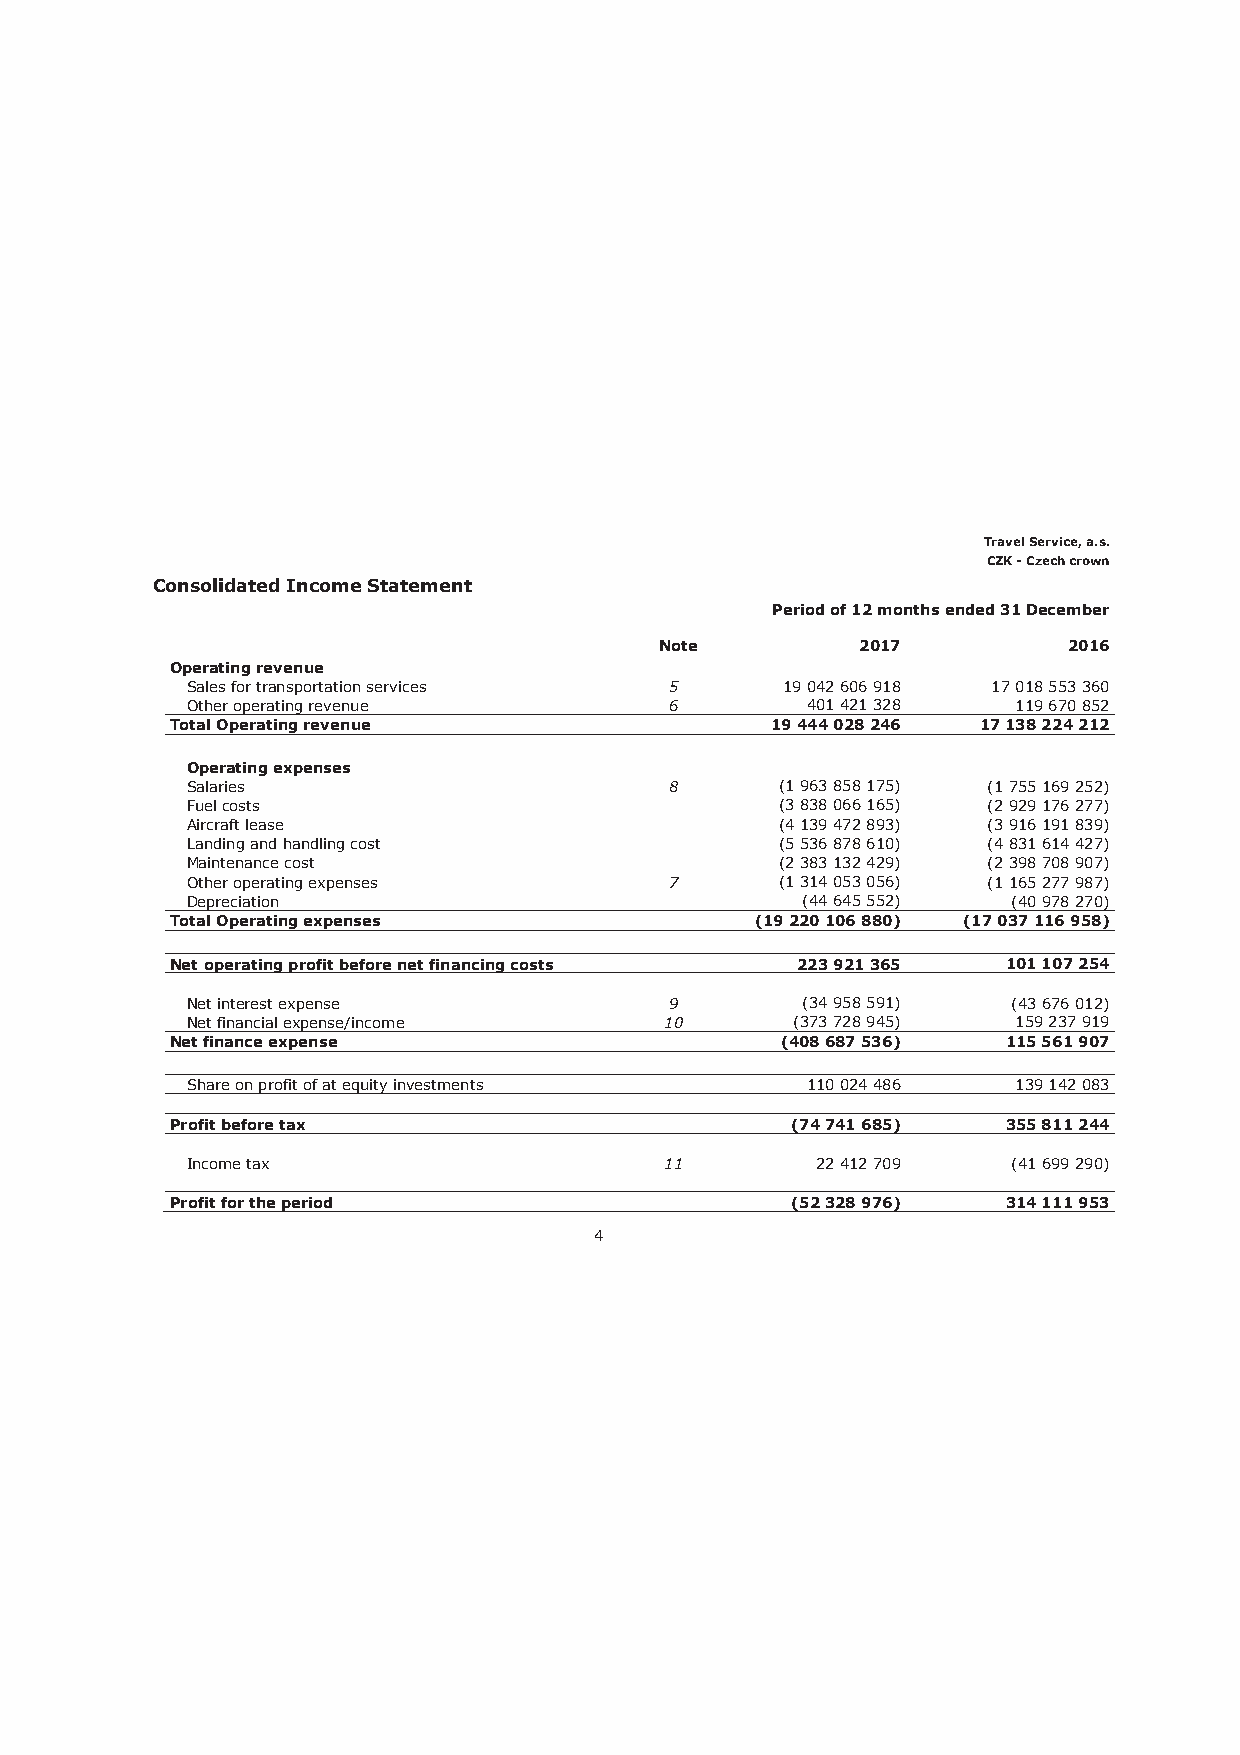
Travel Service, a.s.
 CZK - Czech crown
 Consolidated Income Statement
 Period of 12 months ended 31 December
 Note         2017          2016
 Operating revenue
 Sales for transportation services 5     19 042 606 918 17 018 553 360
 Other operating revenue         6        401 421 328   119 670 852
 Total Operating revenue                 19 444 028 246 17 138 224 212
 Operating expenses
 Salaries                        8       (1 963 858 175) (1 755 169 252)
 Fuel costs                              (3 838 066 165) (2 929 176 277)
 Aircraft lease                          (4 139 472 893) (3 916 191 839)
 Landing and handling cost               (5 536 878 610) (4 831 614 427)
 Maintenance cost                        (2 383 132 429) (2 398 708 907)
 Other operating expenses        7       (1 314 053 056) (1 165 277 987)
 Depreciation                             (44 645 552)  (40 978 270)
 Total Operating expenses               (19 220 106 880) (17 037 116 958)
 Net operating profit before net financing costs 223 921 365 101 107 254
 Net interest expense            9        (34 958 591)  (43 676 012)
 Net financial expense/income    10      (373 728 945)  159 237 919
 Net finance expense                      (408 687 536)  115 561 907
 Share on profit of at equity investments 110 024 486   139 142 083
 Profit before tax                        (74 741 685)   355 811 244
 Income tax                      11        22 412 709   (41 699 290)
 Profit for the period                    (52 328 976)   314 111 953
 4